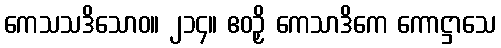
ကေသသဒိသောဝ။ ၂၁၄။ ဧဝဉှိ ကေသာဒိကေ ကောဋ္ဌာသေ